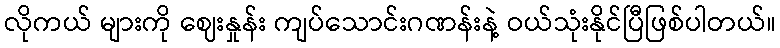
လိုကယ် များကို ဈေးနှုန်း ကျပ်သောင်းဂဏန်းနဲ့ ဝယ်သုံးနိုင်ပြီဖြစ်ပါတယ်။